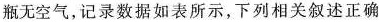
瓶无空气，记录数据如表所示，下列相关叙述正确